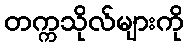
တက္ကသိုလ်များကို